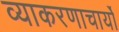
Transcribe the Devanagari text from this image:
व्याकरणाचार्यो